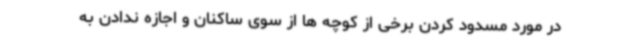
در مورد مسدود کردن برخی از کوچه ها از سوی ساکنان و اجازه ندادن به